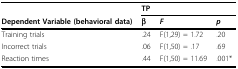
|  | <COLSPAN=3> TP |
 | Dependent Variable (behavioral data) | β | F | p |
 | --- | --- | --- | --- |
 | Training trials | .24 | F(1,29) = 1.72 | .20 |
 | Incorrect trials | .06 | F(1,50) = .17 | .69 |
 | Reaction times | .44 | F(1,50) = 11.69 | .001* |